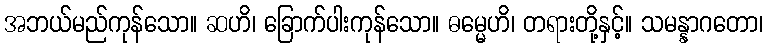
အဘယ်မည်ကုန်သော။ ဆဟိ၊ ခြောက်ပါးကုန်သော။ ဓမ္မေဟိ၊ တရားတို့နှင့်။ သမန္နာဂတော၊